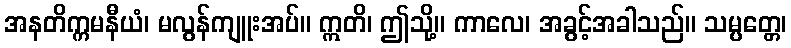
အနတိက္ကမနီယံ၊ မလွန်ကျူးအပ်။ ဣတိ၊ ဤသို့။ ကာလေ၊ အခွင့်အခါသည်။ သမ္ပတ္တေ၊